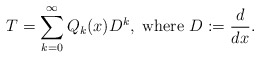
\begin{align*} T=\sum_{k=0}^\infty Q_k(x) D^k,\ \mbox{where } D:=\frac{d}{dx}.\end{align*}